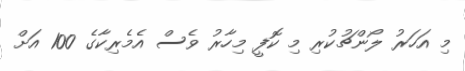
މި އަހަރު ލޯންޗުކުރި މި ކޮފީ މިހާރު ވެސް އެމެރިކާގެ 100 އަށް